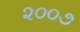
૨૦૦૭